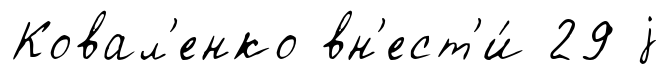
Ковал'енко вн'ест'и́ 29 j